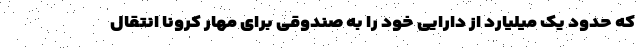
که حدود یک میلیارد از دارایی خود را به صندوقی برای مهار کرونا انتقال